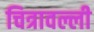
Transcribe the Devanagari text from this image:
चित्रावल्ली